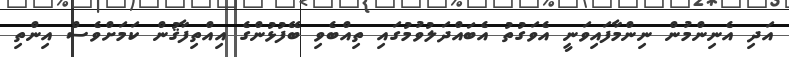
އަދި އެނިންމުން ނިންމާފައިވަނީ އެވަގުތު އެބައްދަލުވުމުގައި ތިއްބެވި ބޭފުޅުންގެ އިއްތިފާޤުން ކަމަށްވެސް އިންތި